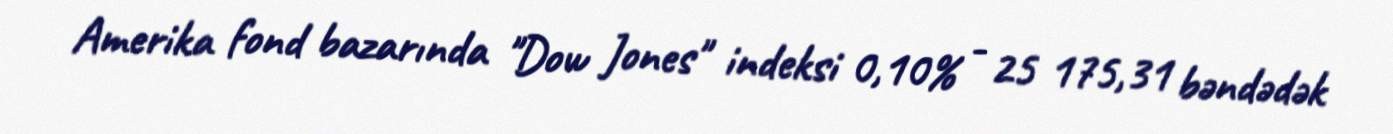
Amerika fond bazarında "Dow Jones" indeksi 0,10% - 25 175,31 bəndədək